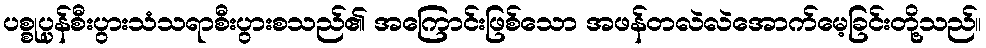
ပစ္စုပ္ပန်စီးပွားသံသရာစီးပွားစသည်၏ အကြောင်းဖြစ်သော အဖန်တလဲလဲအောက်မေ့ခြင်းတို့သည်။